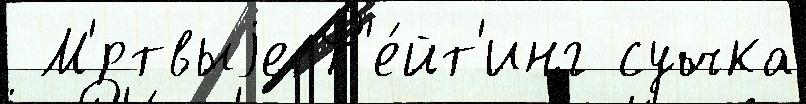
 М'́ртвыjе Р'е́йт'инг сучка